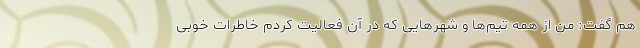
هم گفت: من از همه تیم‌ها و شهرهایی که در آن فعالیت کردم خاطرات خوبی